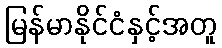
မြန်မာနိုင်ငံနှင့်အတူ